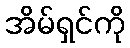
အိမ်ရှင်ကို